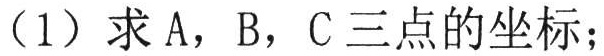
（1）求A，B，C三点的坐标；